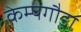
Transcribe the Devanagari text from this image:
केम्पगौड़ा